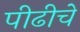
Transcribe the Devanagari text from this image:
पीढीचे